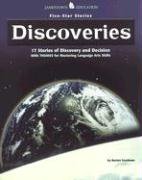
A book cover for Goodman's Five-Star Stories: Discoveries; Burton Goodman; Teen & Young Adult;